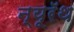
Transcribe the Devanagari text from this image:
न्यूरॅथ